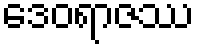
ဒေဝရာဇဿ